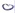
Text: O